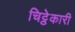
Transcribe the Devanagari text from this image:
चिट्ठेकारी